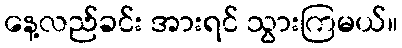
နေ့လည်ခင်း အားရင် သွားကြမယ်။